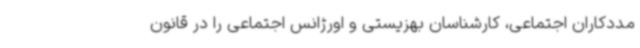
مددکاران اجتماعی، کارشناسان بهزیستی و اورژانس اجتماعی را در قانون